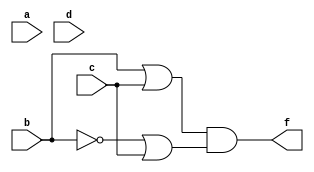
module Q3(a,b,c,d,f);
    input a,b,c,d;
    output f;
    assign f = ((b | c)&(~b | c)); 
endmodule